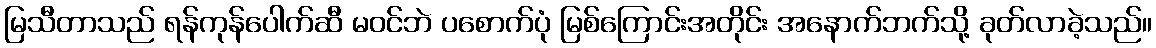
မြသီတာသည် ရန်ကုန်ပေါက်ဆီ မဝင်ဘဲ ပစောက်ပုံ မြစ်ကြောင်းအတိုင်း အနောက်ဘက်သို့ ခုတ်လာခဲ့သည်။